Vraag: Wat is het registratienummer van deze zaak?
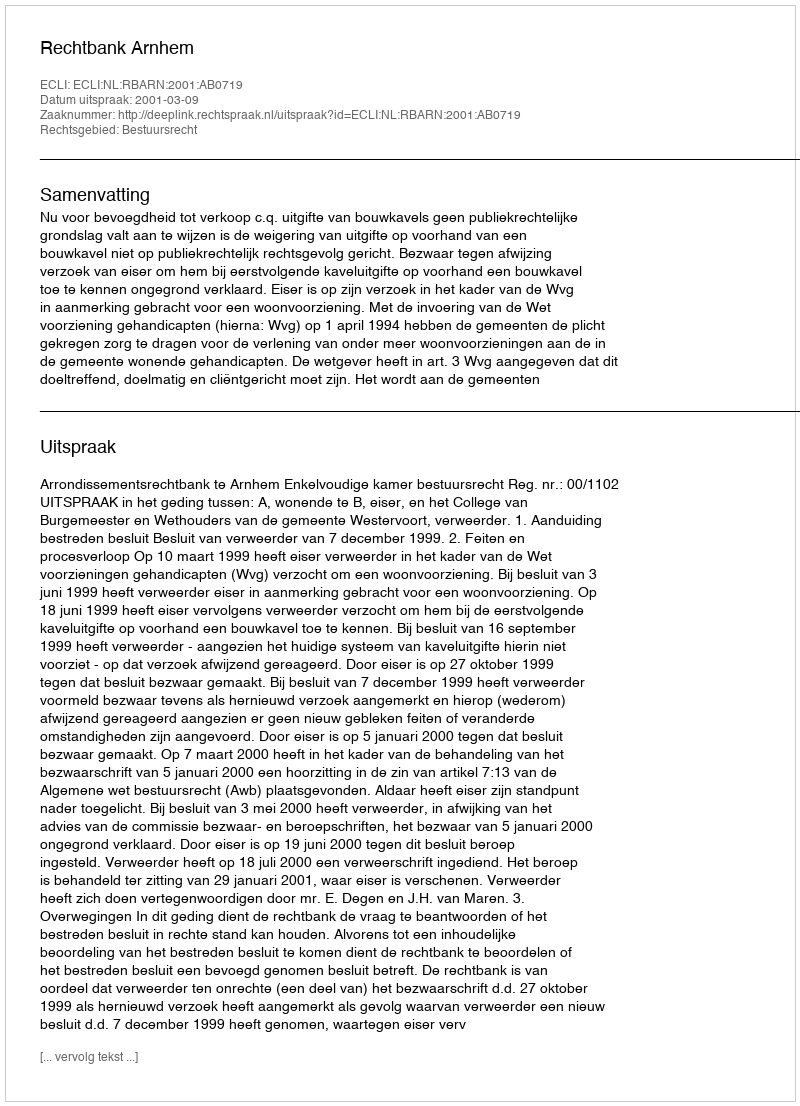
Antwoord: http://deeplink.rechtspraak.nl/uitspraak?id=ECLI:NL:RBARN:2001:AB0719